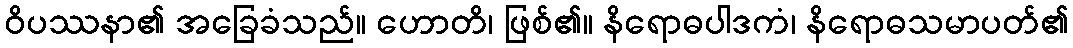
ဝိပဿနာ၏ အခြေခံသည်။ ဟောတိ၊ ဖြစ်၏။ နိရောဓပါဒကံ၊ နိရောဓသမာပတ်၏